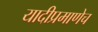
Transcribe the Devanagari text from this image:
यादीप्रमाणेच